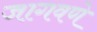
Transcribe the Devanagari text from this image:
जागवणे